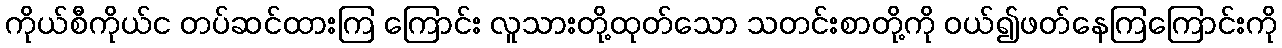
ကိုယ်စီကိုယ်င တပ်ဆင်ထားကြ ကြောင်း လူသားတို့ထုတ်သော သတင်းစာတို့ကို ဝယ်၍ဖတ်နေကြကြောင်းကို